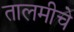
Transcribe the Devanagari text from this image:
तालमीचे